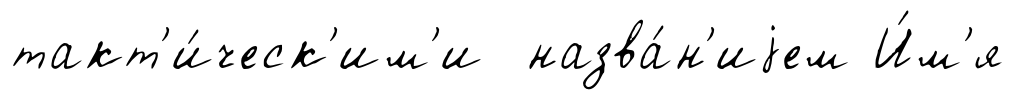
такт'и́ческ'им'и назва́н'иjем И́м'я